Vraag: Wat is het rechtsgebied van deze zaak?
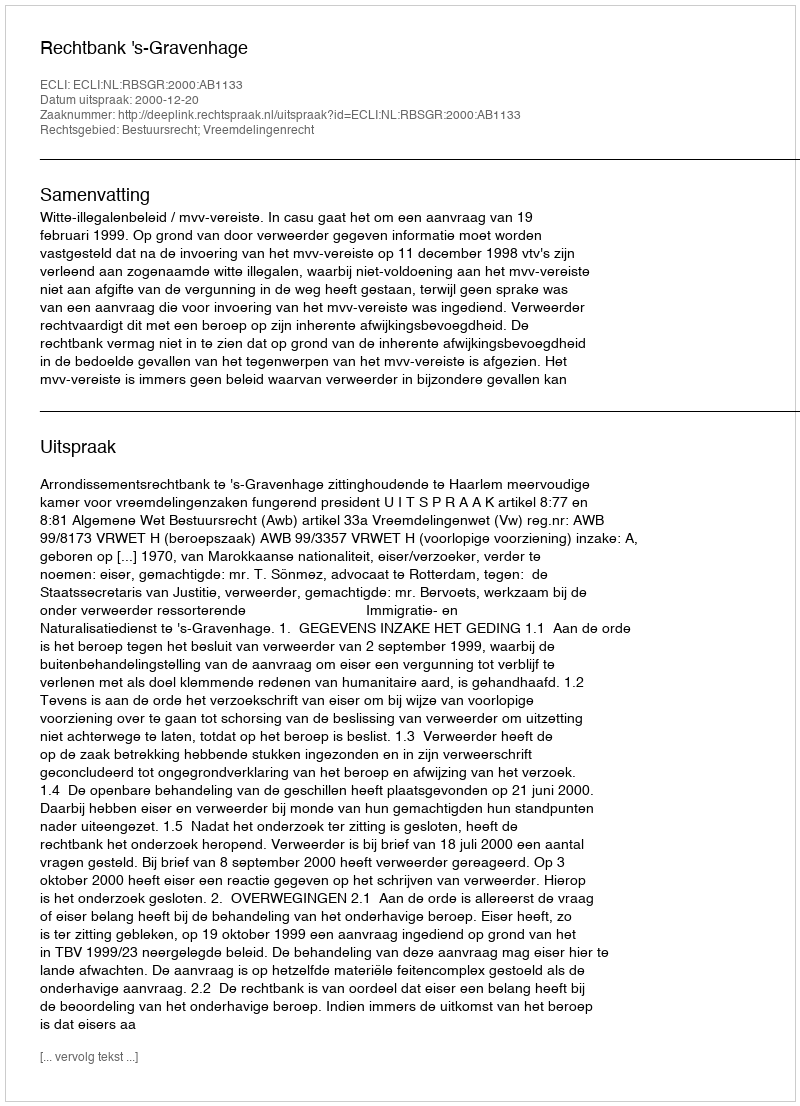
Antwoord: Bestuursrecht; Vreemdelingenrecht